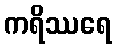
ကရိဿရေ